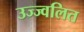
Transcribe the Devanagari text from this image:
उज्ज्वलित